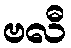
ဗလီ